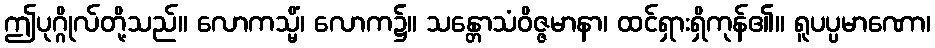
ဤပုဂ္ဂိုလ်တို့သည်။ လောကသ္မိံ၊ လောက၌။ သန္တောသံဝိဇ္ဇမာနာ၊ ထင်ရှားရှိကုန်၏။ ရူပပ္ပမာဏော၊